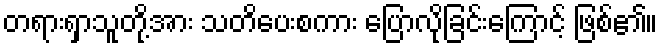
တရားရှာသူတို့အား သတိပေးစကား ပြောလိုခြင်းကြောင့် ဖြစ်၏။